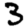
Digit: 3